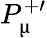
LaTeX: P_{\upmu}^{+\prime}